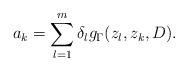
LaTeX: \begin{align*}a_{k}=\sum_{l=1}^{m}\delta_{l}g_{\Gamma}(z_{l},z_{k},D).\end{align*}